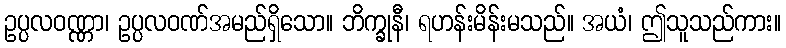
ဥပ္ပလဝဏ္ဏာ၊ ဥပ္ပလဝဏ်အမည်ရှိသော။ ဘိက္ခုနီ၊ ရဟန်းမိန်းမသည်။ အယံ၊ ဤသူသည်ကား။